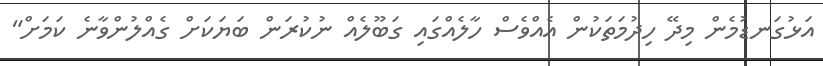
އަޅުގަނޑުމެން މިދޭ ހިދުމަތަކުން އެއްވެސް ހާލެއްގައި ގަބޫލެއް ނުކުރަން ބަޔަކަށް ގެއްލުންވާނެ ކަމަށް"